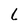
Character: L